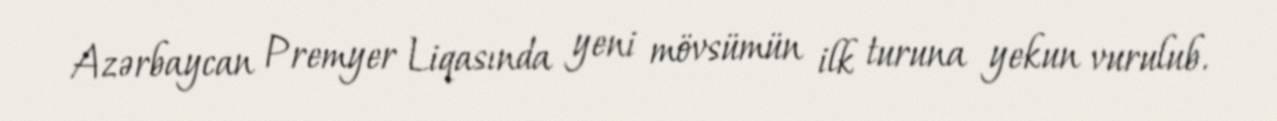
Azərbaycan Premyer Liqasında yeni mövsümün ilk turuna yekun vurulub.